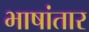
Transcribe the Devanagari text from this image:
भाषांतार